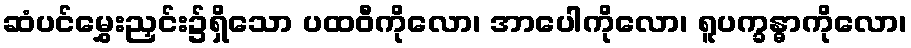
ဆံပင်မွှေးညှင်း၌ရှိသော ပထဝီကိုလော၊ အာပေါကိုလော၊ ရူပက္ခန္ဓာကိုလော၊